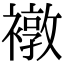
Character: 𧝋